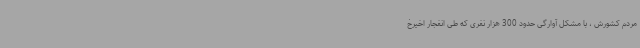
مردم کشورش ، با مشکل آوارگی حدود 300 هزار نفری که طی انفجار اخیرخ